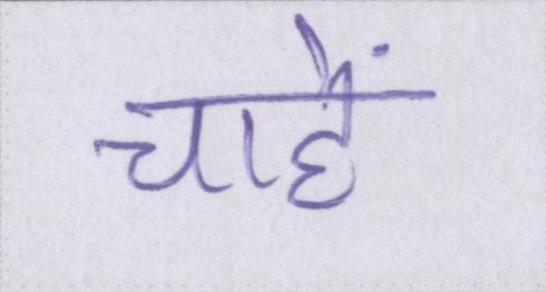
चाहें